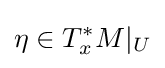
\eta \in T_{x}^{*}M|_{U}